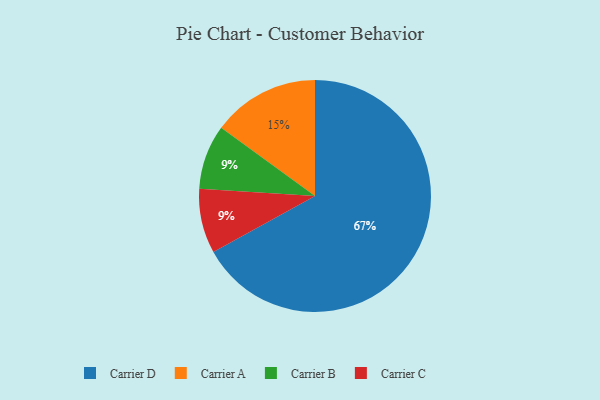
{"axis": {"x": "Category", "y": "Percentage"}, "legend": ["Carrier A", "Carrier B", "Carrier C", "Carrier D"], "data": [{"x": "Carrier A", "y": 15, "type": "Carrier A"}, {"x": "Carrier B", "y": 9, "type": "Carrier B"}, {"x": "Carrier D", "y": 67, "type": "Carrier D"}, {"x": "Carrier C", "y": 9, "type": "Carrier C"}]}